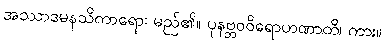
အဿာဒမနသိကာရော၊ မည်၏။ ပုနဗ္ဘဝဝိရောဟဏာတိ၊ ကား။